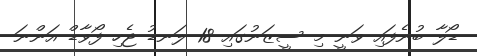
ޑޯލާ ބުނެފައި ވަނީ މި ސީޒަނުގައި 18 ލަނޑު ޖެހި ފޯވާޑް އަންނަ